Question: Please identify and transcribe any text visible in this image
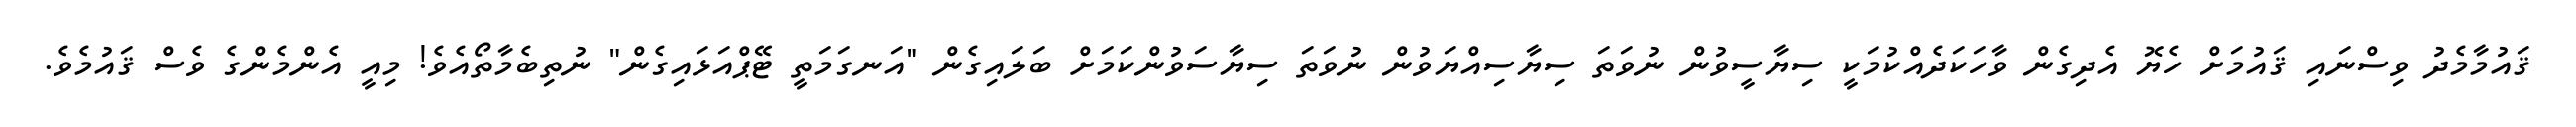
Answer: ޤައުމާމެދު ވިސްނައި ޤައުމަށް ހެޔޮ އެދިގެން ވާހަކަދެއްކުމަކީ ސިޔާސީވުން ނުވަތަ ސިޔާސިއްޔަވުން ނުވަތަ ސިޔާސަވުންކަމަށް ބަލައިގެން "އަނގަމަތީ ޓޭޕްއަޅައިގެން" ނުތިބެމާތޯއެވެ! މިއީ އެންމެންގެ ވެސް ޤައުމެވެ.